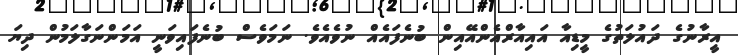
އީރާނުގެ ދައުލަތުގެ މީޑިއާ އައިއާރްއެންއޭއިން ބުނެފައެއް ނުވެއެވެ. ނަމަވެސް ބުނެފައިވަނީ އަމަންނަގާލަމުން ދިޔަ